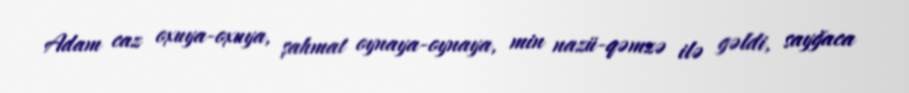
Adam caz oxuya-oxuya, şahmat oynaya-oynaya, min nazü-qəmzə ilə gəldi, sayğaca